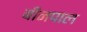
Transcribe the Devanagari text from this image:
बीनपाल